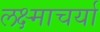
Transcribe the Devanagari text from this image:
लक्ष्माचर्या